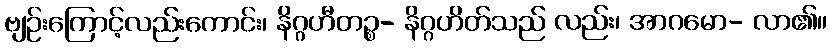
ဗျဉ်းကြောင့်လည်းကောင်း၊ နိဂ္ဂဟီတဉ္စ- နိဂ္ဂဟိတ်သည် လည်း၊ အာဂမော- လာ၏။